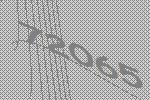
72065